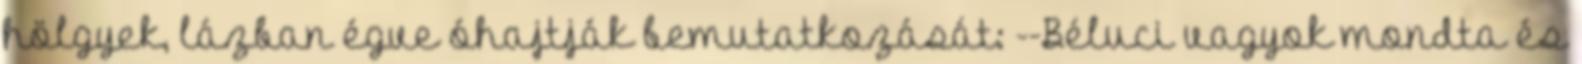
hölgyek, lázban égve óhajtják bemutatkozását: --Béluci vagyok mondta és